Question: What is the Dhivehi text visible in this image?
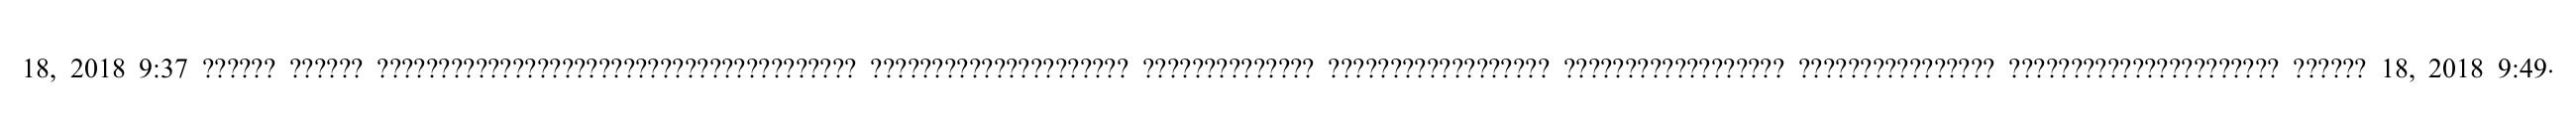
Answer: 18, 2018 9:37 ?????? ?????? ??????????????????????????????????????? ????????????????????? ?????????????? ?????????????????? ?????????????????? ???????????????? ?????????????????????? ?????? 18, 2018 9:49.